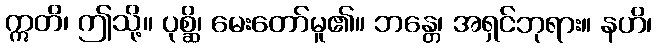
ဣတိ၊ ဤသို့။ ပုစ္ဆိ၊ မေးတော်မူ၏။ ဘန္တေ၊ အရှင်ဘုရား။ နဟိ၊